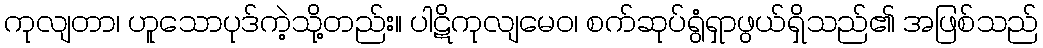
ကုလျတာ၊ ဟူသောပုဒ်ကဲ့သို့တည်း။ ပါဋိကုလျမေဝ၊ စက်ဆုပ်ရွံရှာဖွယ်ရှိသည်၏ အဖြစ်သည်